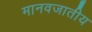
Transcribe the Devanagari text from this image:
मानवजातीय